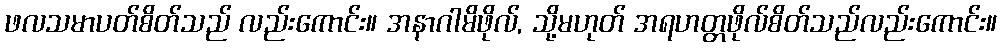
ဖလသမာပတ်စိတ်သည် လည်းကောင်း။ အနာဂါမိဖိုလ်, သို့မဟုတ် အရဟတ္တဖိုလ်စိတ်သည်လည်းကောင်း။